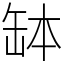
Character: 缽